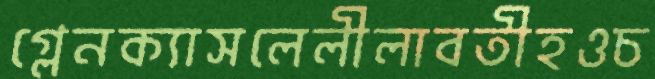
গ্লেনক্যাসলেলীলাবতীহওচ